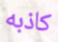
كاذبه